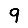
Digit: 9